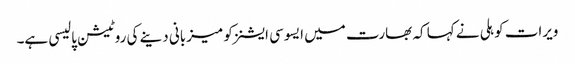
ویرات کوہلی نے کہا کہ بھارت میں ایسوسی ایشنز کو میزبانی دینے کی روٹیشن پالیسی ہے۔